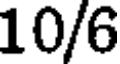
10/6